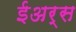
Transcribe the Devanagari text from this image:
ईअर्स